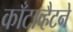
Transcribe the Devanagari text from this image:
काँटाव्हैटने